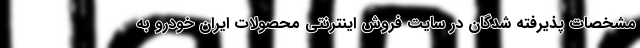
مشخصات پذیرفته شدگان در سایت فروش اینترنتی محصولات ایران خودرو به